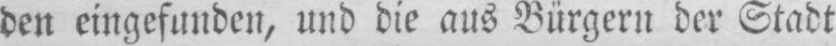
den eingefunden, und die aus Bürgern der Stadt